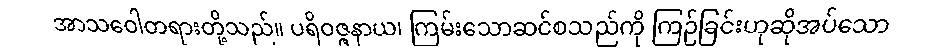
အာသဝေါတရားတို့သည်။ ပရိဝဇ္ဇနာယ၊ ကြမ်းသောဆင်စသည်ကို ကြဉ်ခြင်းဟုဆိုအပ်သော